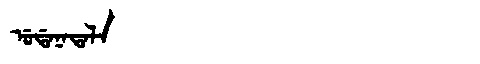
Manchu: ᡠᡩᠠᠨᠠᡨᠠᠯᠠ
Romanization: UDANATALA